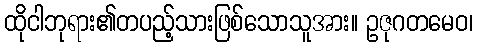
ထိုငါဘုရား၏တပည့်သားဖြစ်သောသူအား။ ဥဇုဂတမေဝ၊